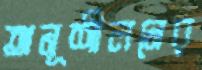
অনূশীলনের